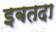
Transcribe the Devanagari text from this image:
इबतदा